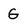
Character: G